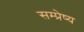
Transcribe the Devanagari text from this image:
सम्प्रेष्य